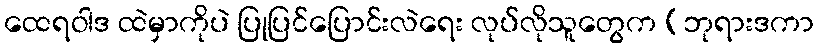
ထေရဝါဒ ထဲမှာကိုပဲ ပြုပြင်ပြောင်းလဲရေး လုပ်လိုသူတွေက (ဘုရားဒကာ